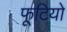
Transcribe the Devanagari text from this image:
फूटियो